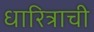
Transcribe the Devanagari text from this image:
धारित्राची